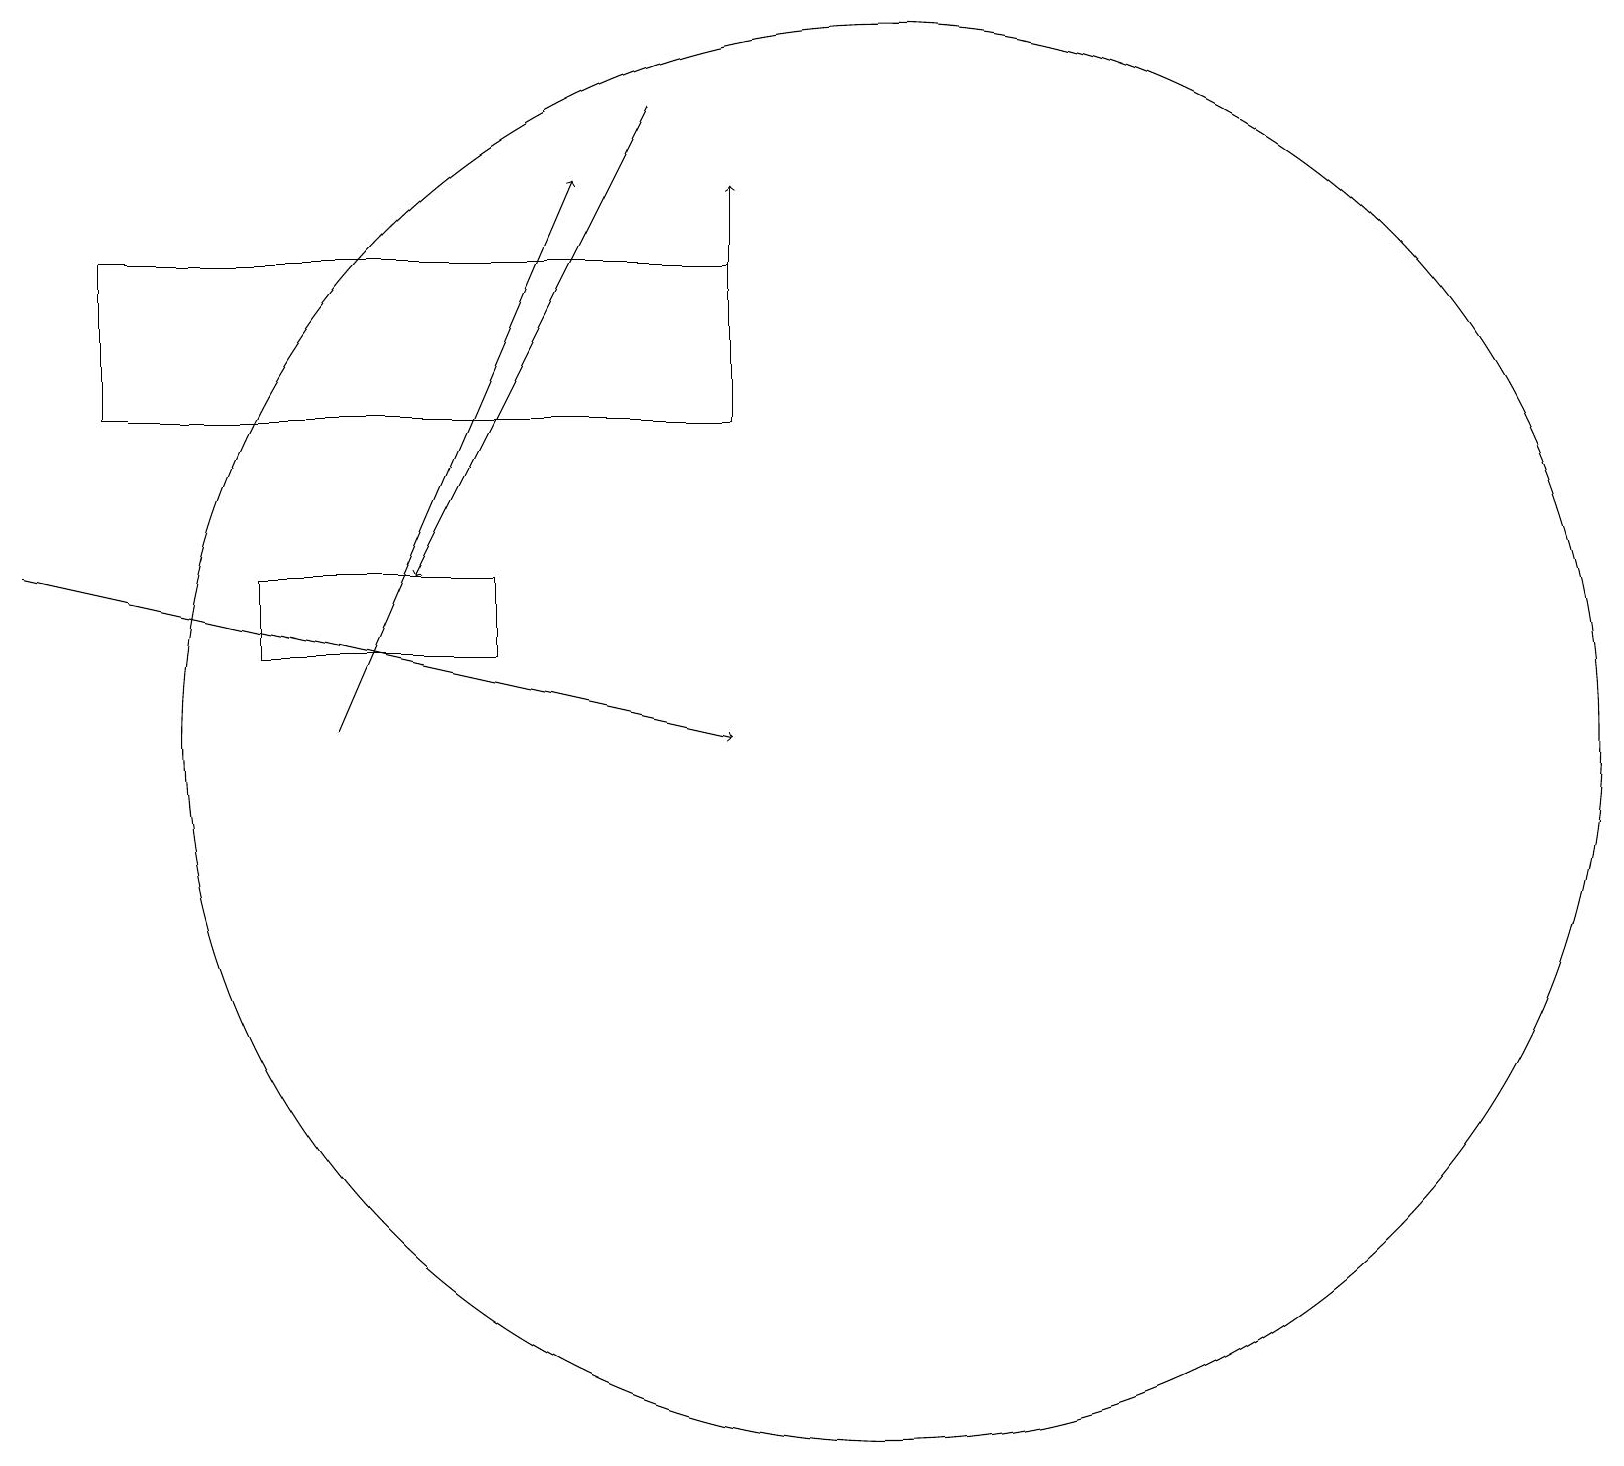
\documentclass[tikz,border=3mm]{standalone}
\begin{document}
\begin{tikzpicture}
\draw[->] (9,16) -- (9,18);
\draw (11,11) circle (9);
\draw[->] (4,11) -- (7,18);
\draw[->] (8,19) -- (5,13);
\draw[->] (0,13) -- (9,11);
\draw (6,12) rectangle (3,13);
\draw (9,15) rectangle (1,17);
\draw (11,11) circle (0);
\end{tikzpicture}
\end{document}